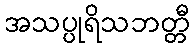
အသပ္ပုရိသဘတ္တီ